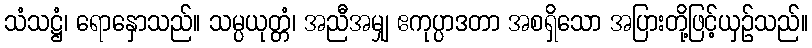
သံသဋ္ဌံ၊ ရောနှောသည်။ သမ္ပယုတ္တံ၊ အညီအမျှ ဧကုပ္ပာဒတာ အစရှိသော အပြားတို့ဖြင့်ယှဉ်သည်။